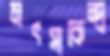
মৎস্যকেন্দ্র